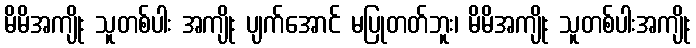
မိမိအကျိုး သူတစ်ပါး အကျိုး ပျက်အောင် မပြုတတ်ဘူး၊ မိမိအကျိုး သူတစ်ပါးအကျိုး